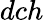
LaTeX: dch